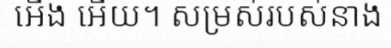
អើង អើយ។ សម្រស់របស់នាង